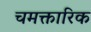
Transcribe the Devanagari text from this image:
चमक्तारिक